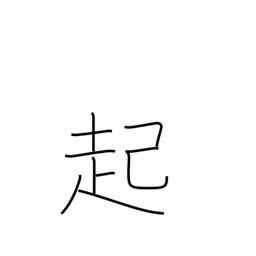
Meaning: rouse